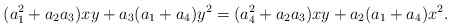
\begin{align*}(a_1^2+a_2a_3)xy+a_3(a_1+a_4)y^2=(a_4^2+a_2a_3)xy+a_2(a_1+a_4)x^2 . \end{align*}